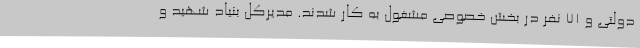
دولتی و 71 نفر در بخش خصوصی مشغول به کار شدند. مدیرکل بنیاد شهید و